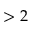
> 2